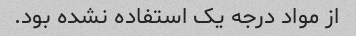
از مواد درجه یک استفاده نشده بود.